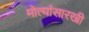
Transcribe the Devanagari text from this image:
मोत्यांसारखी